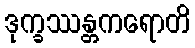
ဒုက္ခဿန္တကရောတိ